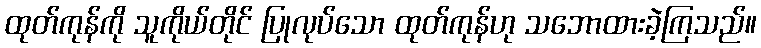
ထုတ်ကုန်ကို သူကိုယ်တိုင် ပြုလုပ်သော ထုတ်ကုန်ဟု သဘောထားခဲ့ကြသည်။